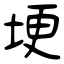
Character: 埂